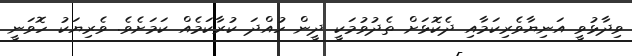
ވިދާޅުވީ އަނިޔާވެރިކަމާއި ދެކޮޅަށް ތެދުވުމަކީ ދީން ހުއްދަ ކުރާކަމެއް ކަމަށެވެ. ވެރިޔަކު ހޮވަނީ